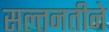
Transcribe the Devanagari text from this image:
सल्तनतीने